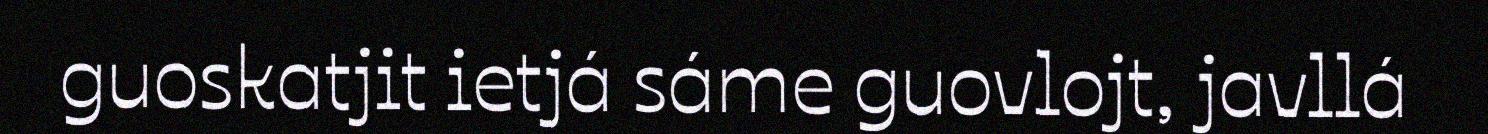
guoskatjit ietjá sáme guovlojt, javllá